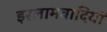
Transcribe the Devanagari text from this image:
इस्लामवादियों